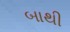
બાથી